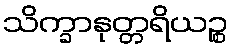
သိက္ခာနုတ္တရိယဉ္စ